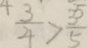
\frac { 3 } { 4 } > \frac { 3 } { 5 }